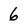
Character: 6